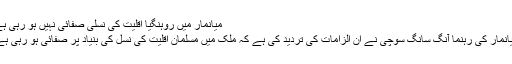
میانمار میں روہنگیا اقلیت کی نسلی صفائی نہیں ہو رہی ہے
میانمار کی رہنما آنگ سانگ سوچی نے ان الزامات کی تردید کی ہے کہ ملک میں مسلمان اقلیت کی نسل کی بنیاد پر صفائی ہو رہی ہے۔